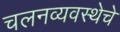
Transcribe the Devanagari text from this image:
चलनव्यवस्थेचे